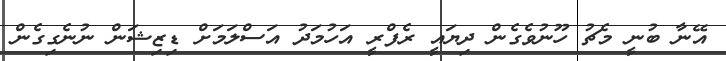
އޭނާ ބުނީ މެޗު ހޫނުވެގެން ދިޔައީ ރެފްރީ އަހުމަދު އަސްލަމަށް ޑިޒިޝަން ނުނެގިގެން